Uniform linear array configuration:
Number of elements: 4
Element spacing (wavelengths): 0.75
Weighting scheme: cosine
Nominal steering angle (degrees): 30
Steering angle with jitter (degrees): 28.72
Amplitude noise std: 0.05
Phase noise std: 0.05

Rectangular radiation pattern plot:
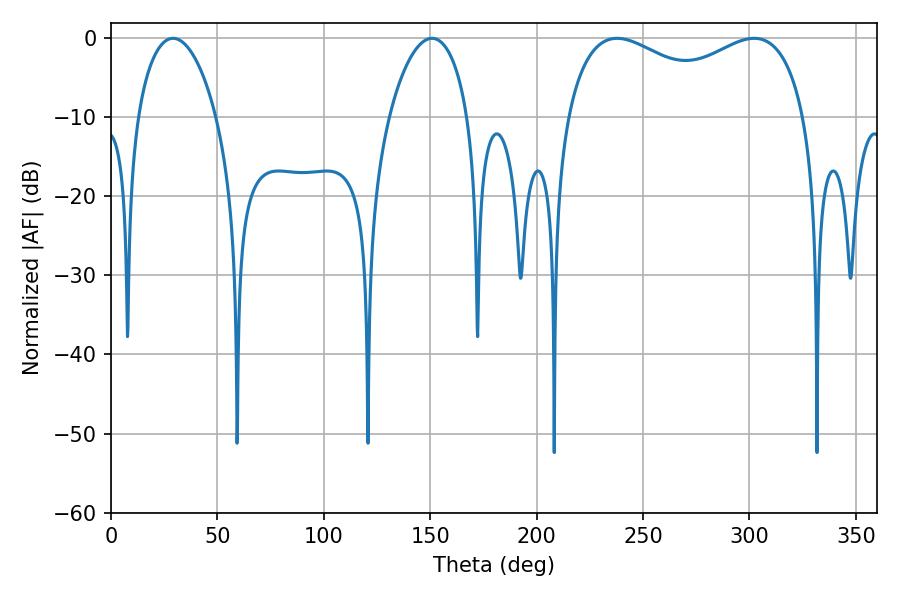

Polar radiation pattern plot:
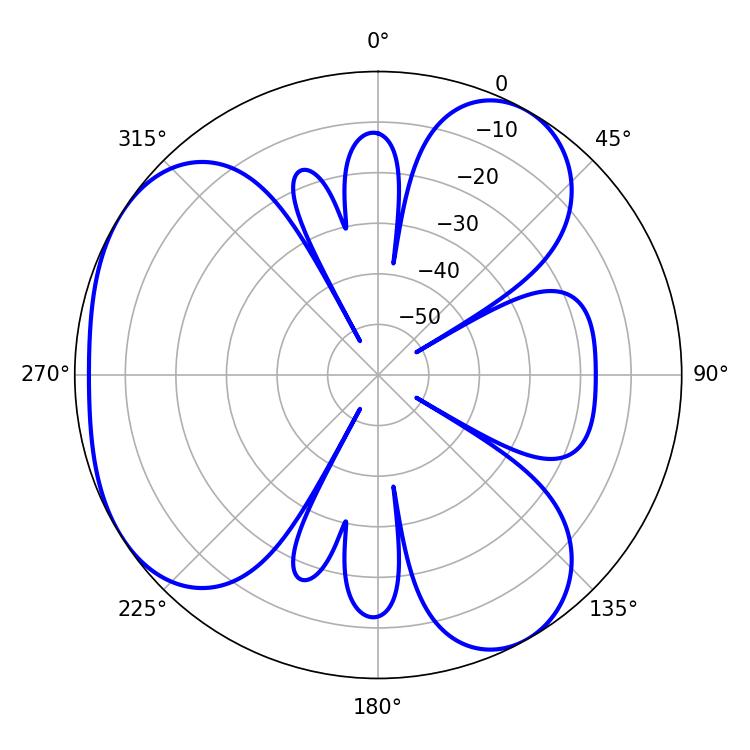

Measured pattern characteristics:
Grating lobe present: TRUE
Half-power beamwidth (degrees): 21.06
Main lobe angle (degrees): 29.16